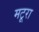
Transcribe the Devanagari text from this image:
मटूरा